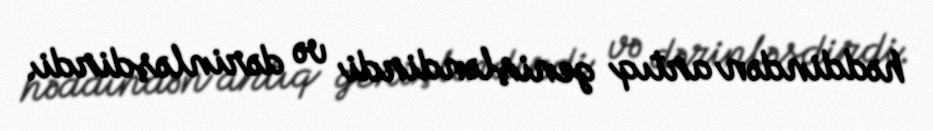
həddindən artıq genişləndirdi və dərinləşdirdi.